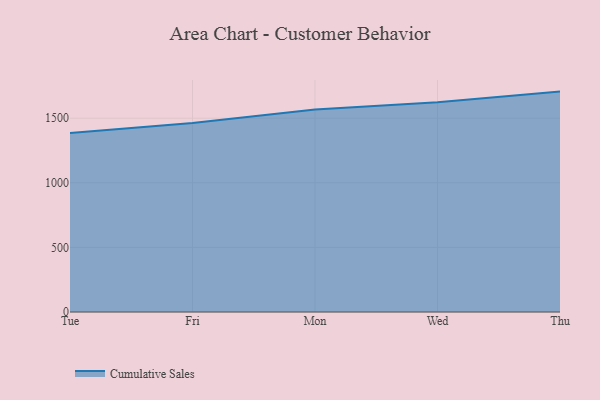
{"axis": {"x": "Day", "y": "Headcount"}, "legend": ["Cumulative Sales"], "data": [{"x": "Tue", "y": 1386.3, "type": "Cumulative Sales"}, {"x": "Fri", "y": 1463.2, "type": "Cumulative Sales"}, {"x": "Mon", "y": 1568.1, "type": "Cumulative Sales"}, {"x": "Wed", "y": 1623.3, "type": "Cumulative Sales"}, {"x": "Thu", "y": 1705.9, "type": "Cumulative Sales"}]}